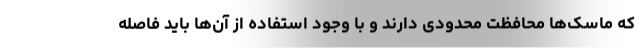
که ماسک‌ها محافظت محدودی دارند و با وجود استفاده از آن‌ها باید فاصله